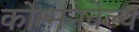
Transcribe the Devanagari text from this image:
कोम्मनवेल्थ